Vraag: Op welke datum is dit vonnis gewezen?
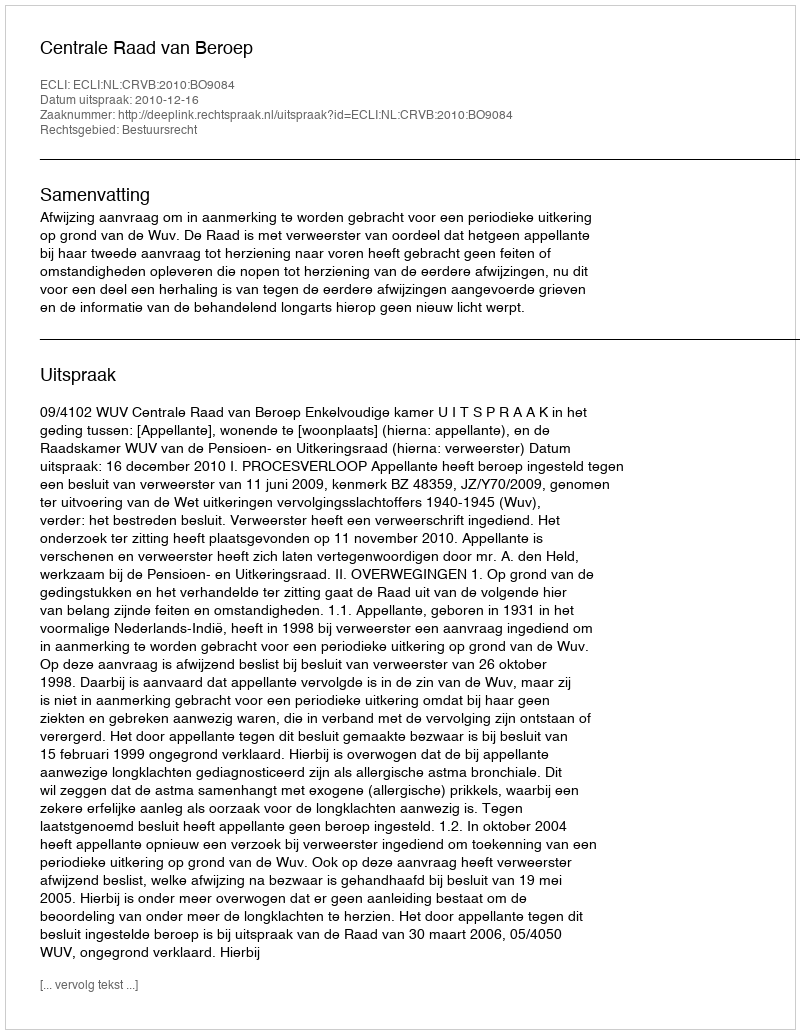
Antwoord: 2010-12-16